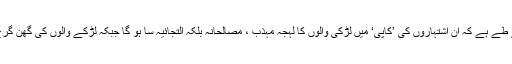
ریسرچ کے نتائج خواہ کچھ بھی نکلیں، یہ بات پہلے سے طے ہے کہ ان اشتہاروں کی ’کاپی‘ میں لڑکی والوں کا لہجہ مہذب ، مصالحانہ بلکہ التجائیہ سا ہو گا جبکہ لڑکے والوں کی گھن گرج کہیں زیادہ پر اعتماد ، با رعب اور دھمکی آمیز ہوگی ۔